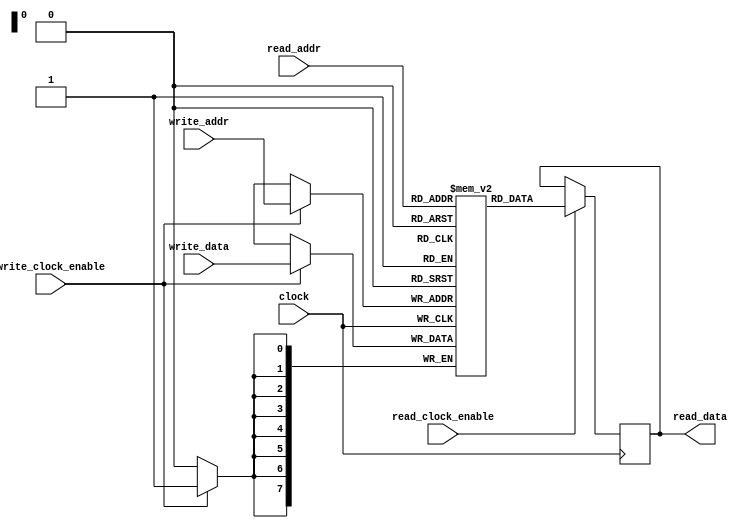
// This program was cloned from: https://github.com/lynxis/lpc_sniffer
// License: GNU General Public License v3.0

/* dual port memory */

module buffer #(parameter AW = 8, parameter DW = 8)
	(
		input clock,
		input write_clock_enable,
		input [DW-1:0] write_data,
		input [AW-1:0] write_addr,

		input read_clock_enable,
		output reg [DW-1:0] read_data,
		input [AW-1:0] read_addr);

	localparam NPOS = 2 ** AW;

	reg [DW-1: 0] ram [0: NPOS-1];

	always @(posedge clock)
		if (write_clock_enable)
			ram[write_addr] <= write_data;

	always @(posedge clock)
		if (read_clock_enable)
			read_data <= ram[read_addr];
endmodule